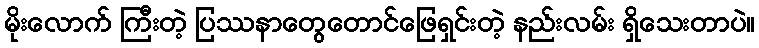
မိုးလောက် ကြီးတဲ့ ပြဿနာတွေတောင်ဖြေရှင်းတဲ့ နည်းလမ်း ရှိသေးတာပဲ။